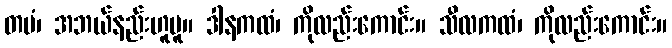
တမံ၊ အဘယ်နည်းဟူမူ။ ဒါနကထံ၊ ကိုလည်းကောင်း။ သီလကထံ၊ ကိုလည်းကောင်း။